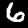
Digit: 6